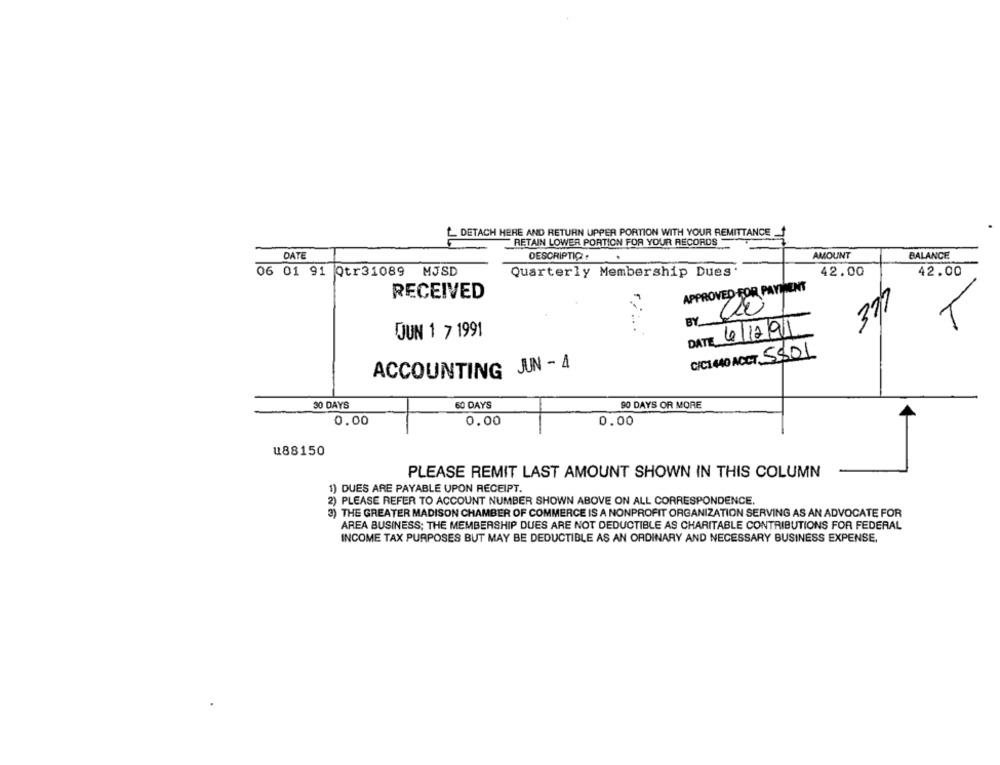
L. DETACH HERE AND RETURN UPPER PORTION WITH YOUR REMITTANCE
RETAIN LOWER PORTION FOR YOUR RECORDS
DATE
DESCRIPTIC.
AMOUNT
BALANCE
06 01 91 Qtr31089 MJSD
Quarterly Membership Dues
42.00
42.00
APPROVED-FOR PAYTHENT
RECEIVED
377
BY
T
OUN 1 7 1991
DATE 6/12/91
C/C1440 ACCT 5801
ACCOUNTING JUN - 4
30 DAYS
60 DAYS
90 DAYS OR MORE
0.00
0.00
0.00
u88150
PLEASE REMIT LAST AMOUNT SHOWN IN THIS COLUMN
1) DUES ARE PAYABLE UPON RECEIPT.
2) PLEASE REFER TO ACCOUNT NUMBER SHOWN ABOVE ON ALL CORRESPONDENCE.
3) THE GREATER MADISON CHAMBER OF COMMERCE IS A NONPROFIT ORGANIZATION SERVING AS AN ADVOCATE FOR
AREA BUSINESS; THE MEMBERSHIP DUES ARE NOT DEDUCTIBLE AS CHARITABLE CONTRIBUTIONS FOR FEDERAL
INCOME TAX PURPOSES BUT MAY BE DEDUCTIBLE AS AN ORDINARY AND NECESSARY BUSINESS EXPENSE.